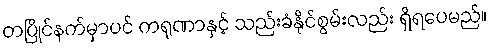
တပြိုင်နက်မှာပင် ကရုဏာနှင့် သည်းခံနိုင်စွမ်းလည်း ရှိရပေမည်။